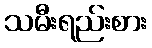
သမီးရည်းစား